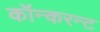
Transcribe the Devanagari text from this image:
कॉन्करन्ट